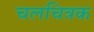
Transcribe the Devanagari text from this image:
चलचित्रक